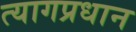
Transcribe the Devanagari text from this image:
त्यागप्रधान